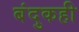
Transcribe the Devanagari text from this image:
बंदुकही